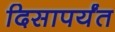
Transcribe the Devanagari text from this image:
दिसापर्यंत